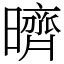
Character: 𣋠